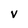
Character: v